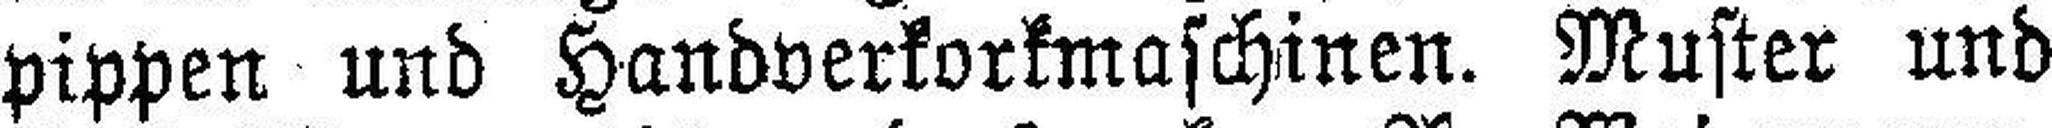
pippen und Handverkorkmaschinen. Muster und